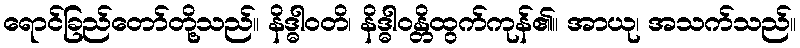
ရောင်ခြည်တော်တို့သည်။ နိဒ္ဓါဝတိ၊ နိဒ္ဓါဝန္တိထွက်ကုန်၏။ အာယု၊ အသက်သည်။